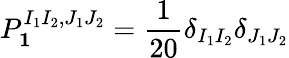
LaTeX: P_{{\mathbf{1}}}^{I_{1}I_{2},J_{1}J_{2}}=\frac{1}{20}\delta_{I_{1}I_{2}}\delta_{J_{1}J_{2}}